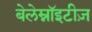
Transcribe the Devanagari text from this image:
बेलेम्नॉइटीज़